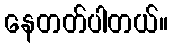
နေတတ်ပါတယ်။